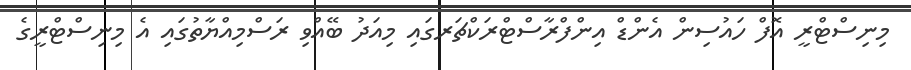
މިނިސްޓްރީ އޮފް ހައުސިން އެންޑް އިންފްރާސްޓްރަކްޗަރގައި މިއަދު ބޭއްވި ރަސްމިއްޔާތުގައި އެ މިނިސްޓްރީގެ